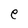
Character: e